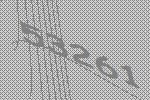
53261